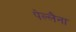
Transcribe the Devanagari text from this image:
पेल्लैना